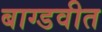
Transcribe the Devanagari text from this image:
बाग्डवीत